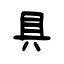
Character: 具